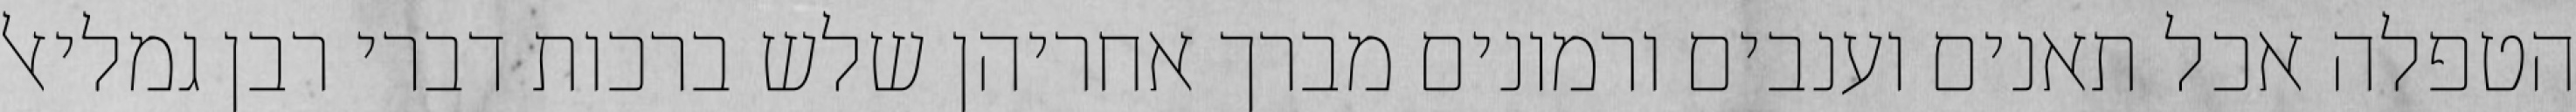
הטפלה אכל תאנים וענבים ורמונים מברך אחריהן שלש ברכות דברי רבן גמליאל